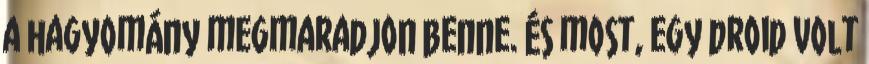
a hagyomány megmaradjon benne. És most, egy droid volt